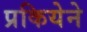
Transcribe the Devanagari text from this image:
प्रकियेने